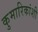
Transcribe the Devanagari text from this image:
कुमारिकांशी